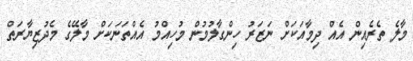
މާލެ ތެރެއިން އެއް ދިމާއަކަށް ނަޒަރު ހިންގާލުމުން މުހިއްމު އެއްތަނަަކަށް މާލޭގެ މެދުޒިޔާރަތް